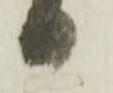
り